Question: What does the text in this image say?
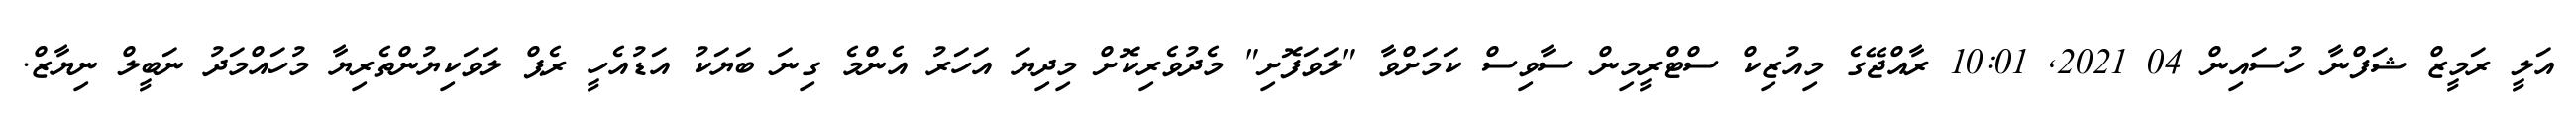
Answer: އަލީ ރަމީޒް ޝަފްނާ ހުސައިން 04 2021, 10:01 ރާއްޖޭގެ މިއުޒިކް ސްޓްރީމިން ސާވިސް ކަމަށްވާ "ލަވަފޮށި" މެދުވެރިކޮށް މިދިޔަ އަހަރު އެންމެ ގިނަ ބަޔަކު އަޑުއެހީ ރެޕް ލަވަކިޔުންތެރިޔާ މުހައްމަދު ނަބީލް ނިޔާޒް.